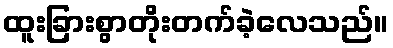
ထူးခြားစွာတိုးတက်ခဲ့လေသည်။